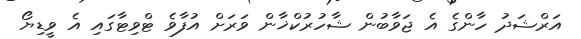
އަރްޝަދު ހާންގެ އެ ޖަވާބުން ޝާހުރުކްޚާން ވަރަށް އުފާވެ ޓްވިޓާގައި އެ ވީޑިޔޯ